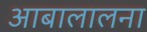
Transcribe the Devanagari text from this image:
आबालालना